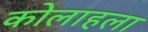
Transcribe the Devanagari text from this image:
कोलाहला